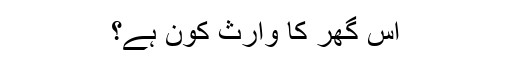
اس گھر کا وارث کون ہے؟